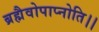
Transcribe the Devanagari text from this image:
ब्रह्मैवोपाप्नोति।।